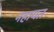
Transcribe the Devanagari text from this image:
नहायत